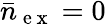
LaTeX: \bar{n}_{\mathrm{~e~x~}}=0